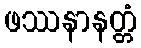
ဖဿနာနတ္တံ